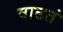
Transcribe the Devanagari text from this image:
वाढतं